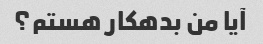
آیا من بدهکار هستم؟